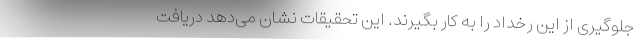
جلوگیری از این رخداد را به کار بگیرند. این تحقیقات نشان می‌دهد دریافت